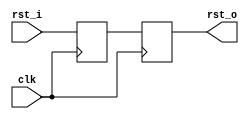
/*
 *    __   __     __  __     __         __
 *   /\ "-.\ \   /\ \/\ \   /\ \       /\ \
 *   \ \ \-.  \  \ \ \_\ \  \ \ \____  \ \ \____
 *    \ \_\\"\_\  \ \_____\  \ \_____\  \ \_____\
 *     \/_/ \/_/   \/_____/   \/_____/   \/_____/
 *    ______     ______       __     ______     ______     ______
 *   /\  __ \   /\  == \     /\ \   /\  ___\   /\  ___\   /\__  _\
 *   \ \ \/\ \  \ \  __<    _\_\ \  \ \  __\   \ \ \____  \/_/\ \/
 *    \ \_____\  \ \_____\ /\_____\  \ \_____\  \ \_____\    \ \_\
 *     \/_____/   \/_____/ \/_____/   \/_____/   \/_____/     \/_/
 *
 *  https://joshbassett.info
 *  https://twitter.com/nullobject
 *  https://github.com/nullobject
 *
 *  Copyright (c) 2021 Josh Bassett
 *
 *  Permission is hereby granted, free of charge, to any person obtaining a copy
 *  of this software and associated documentation files (the "Software"), to deal
 *  in the Software without restriction, including without limitation the rights
 *  to use, copy, modify, merge, publish, distribute, sublicense, and/or sell
 *  copies of the Software, and to permit persons to whom the Software is
 *  furnished to do so, subject to the following conditions:
 *
 *  The above copyright notice and this permission notice shall be included in all
 *  copies or substantial portions of the Software.
 *
 *  THE SOFTWARE IS PROVIDED "AS IS", WITHOUT WARRANTY OF ANY KIND, EXPRESS OR
 *  IMPLIED, INCLUDING BUT NOT LIMITED TO THE WARRANTIES OF MERCHANTABILITY,
 *  FITNESS FOR A PARTICULAR PURPOSE AND NONINFRINGEMENT. IN NO EVENT SHALL THE
 *  AUTHORS OR COPYRIGHT HOLDERS BE LIABLE FOR ANY CLAIM, DAMAGES OR OTHER
 *  LIABILITY, WHETHER IN AN ACTION OF CONTRACT, TORT OR OTHERWISE, ARISING FROM,
 *  OUT OF OR IN CONNECTION WITH THE SOFTWARE OR THE USE OR OTHER DEALINGS IN THE
 *  SOFTWARE.
 */

// Synchronizes an asynchronous reset signal to a target clock domain.
module reset_ctrl (
  input  clk,
  input  rst_i,
  output rst_o
);

(* altera_attribute = {"-name SYNCHRONIZER_IDENTIFICATION FORCED_IF_ASYNCHRONOUS"} *) reg r1 = 1'b1;
(* altera_attribute = {"-name SYNCHRONIZER_IDENTIFICATION FORCED_IF_ASYNCHRONOUS"} *) reg r2 = 1'b1;

always @(posedge clk) begin
  r1 <= rst_i;
  r2 <= r1;
end

assign rst_o = r2;

endmodule